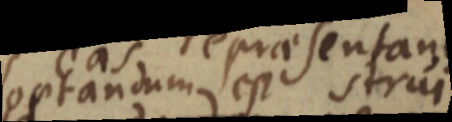
optandum est strui